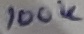
Text: 100K